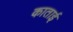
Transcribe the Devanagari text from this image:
काताई